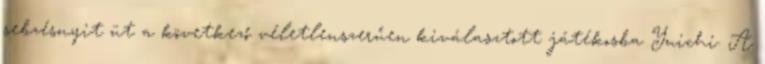
sebzésnyit üt a következő véletlenszerűen kiválasztott játékosba Yuichi. A